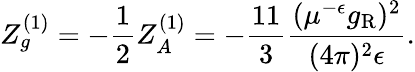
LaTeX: Z_{g}^{(1)}=-\frac 12Z_{A}^{(1)}=-\frac{11}3\frac{(\mu^{-\epsilon}g_{\mathrm{R}})^{2}}{(4\pi)^{2}\epsilon}.